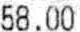
58.00